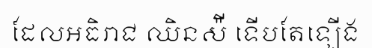
ដែលអធិរាជ ឈិនស៉ី ទើបតែឡើង